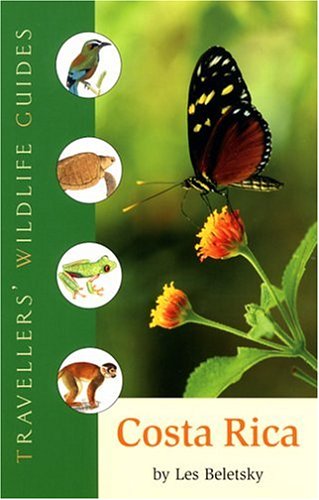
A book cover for Travellers' Wildlife Guides Costa Rica; Les Beletsky; Travel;